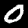
Digit: 0